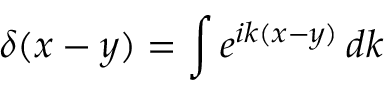
\delta ( x - y ) = \int e ^ { i k ( x - y ) } \, d k